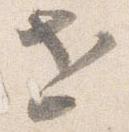
世